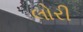
લોરી